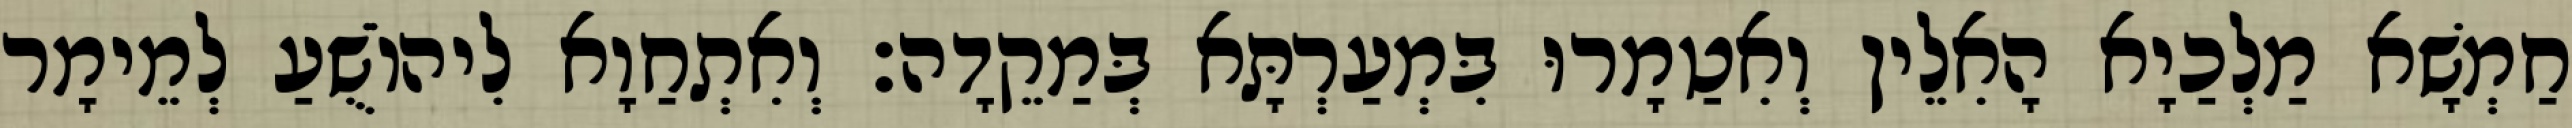
חַמְשָׁא מַלְכַיָא הָאִלֵין וְאִטַמָרוּ בִּמְעַרְתָּא בְּמַקֵדָה׃ וְאִתְחַוָא לִיהוֹשֻׁעַ לְמֵימָר